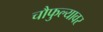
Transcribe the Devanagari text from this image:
चौफुल्यावर